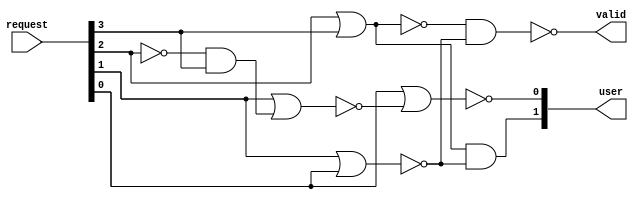
/* Generated by Yosys 0.16+6 (git sha1 e0ba32423, clang 11.0.1-2 -fPIC -Os) */

module priority_encoder(request, valid, user);
  wire _00_;
  wire _01_;
  wire _02_;
  wire _03_;
  wire _04_;
  wire _05_;
  input [3:0] request;
  wire [3:0] request;
  output [1:0] user;
  wire [1:0] user;
  output valid;
  wire valid;
  assign _04_ = ~request[2];
  assign _05_ = ~(request[2] | request[3]);
  assign _00_ = request[2] | request[3];
  assign _01_ = ~(request[1] | request[0]);
  assign user[1] = _00_ & _01_;
  assign valid = ~(_05_ & _01_);
  assign _02_ = _04_ & request[3];
  assign _03_ = ~(request[1] | _02_);
  assign user[0] = ~(request[0] | _03_);
endmodule